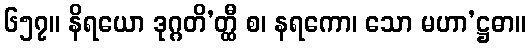
၆၅၇။ နိရယော ဒုဂ္ဂတိ’တ္ထီ စ၊ နရကော၊ သော မဟာ’ဋ္ဌဓာ။